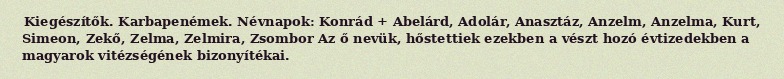
Kiegészítők. Karbapenémek. Névnapok: Konrád + Abelárd, Adolár, Anasztáz, Anzelm, Anzelma, Kurt, Simeon, Zekő, Zelma, Zelmira, Zsombor Az ő nevük, hőstettiek ezekben a vészt hozó évtizedekben a magyarok vitézségének bizonyítékai.